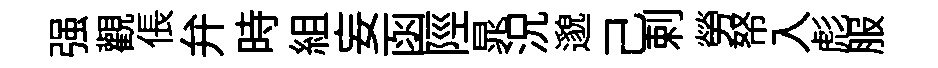
强觀倀弁時組妄函陘晁況邈己剌勞帑入彪服